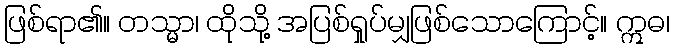
ဖြစ်ရာ၏။ တသ္မာ၊ ထိုသို့ အပြစ်ရှုပ်မျှဖြစ်သောကြောင့်။ ဣဓ၊